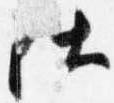
仕